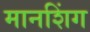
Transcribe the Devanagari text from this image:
मानशिंग